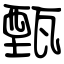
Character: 甄